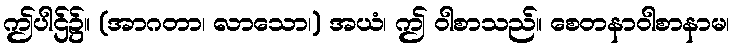
ဤပါဌ်၌။ (အာဂတာ၊ လာသော၊) အယံ၊ ဤ ဝါစာသည်။ စေတနာဝါစာနာမ၊